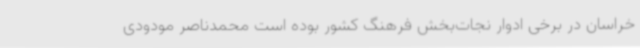
خراسان در برخی ادوار نجات‌بخش فرهنگ کشور بوده است محمدناصر مودودی